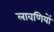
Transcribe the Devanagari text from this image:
लावणियों